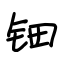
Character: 钿